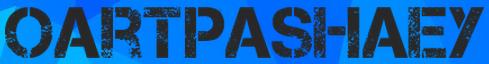
OARTPASHAEY